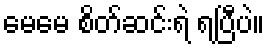
မေမေ စိတ်ဆင်းရဲ ရပြီပဲ။